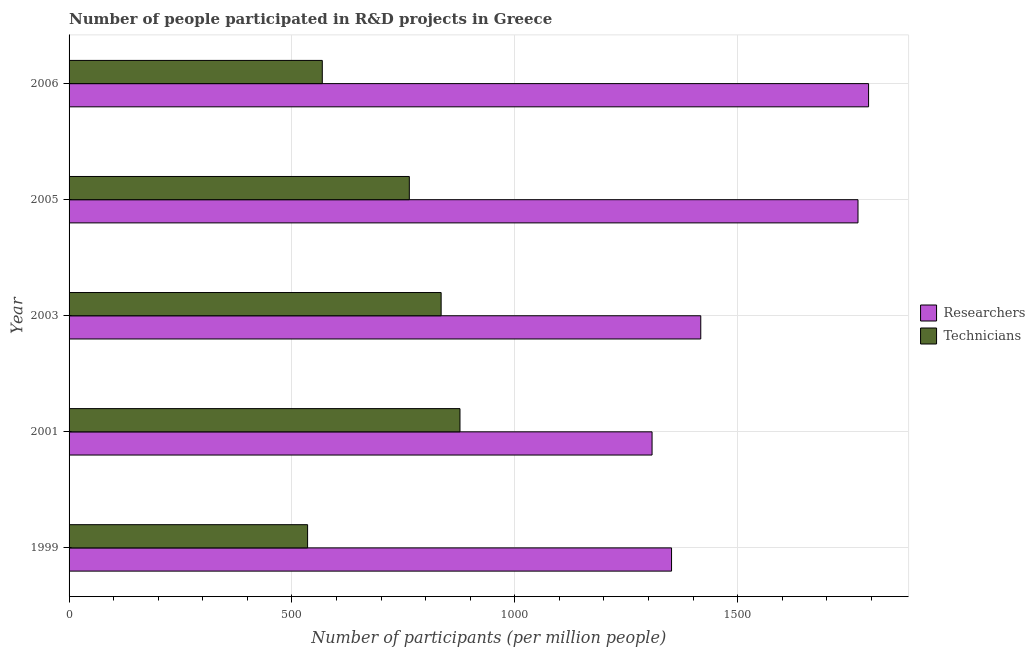
| Year | Researchers | Technicians |
 | --- | --- | --- |
 | 1999 | 1.35e+03 | 535 |
 | 2001 | 1.31e+03 | 877 |
 | 2003 | 1.42e+03 | 835 |
 | 2005 | 1.77e+03 | 763 |
 | 2006 | 1.79e+03 | 568 |